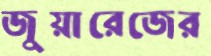
জুয়ারেজের